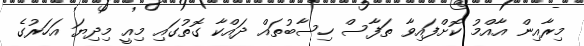
މިރާއިން އާއްމު ކޮށްފައިވާ ތަފާސް ހިސާބުތައް ދައްކާ ގޮތުގައި މިއީ މިދިޔަ އަހަރުގެ